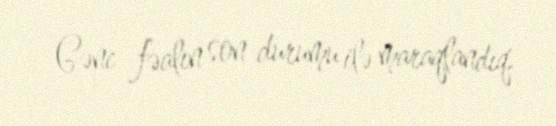
Gənc fəalın son durumu ilə maraqlandıq.